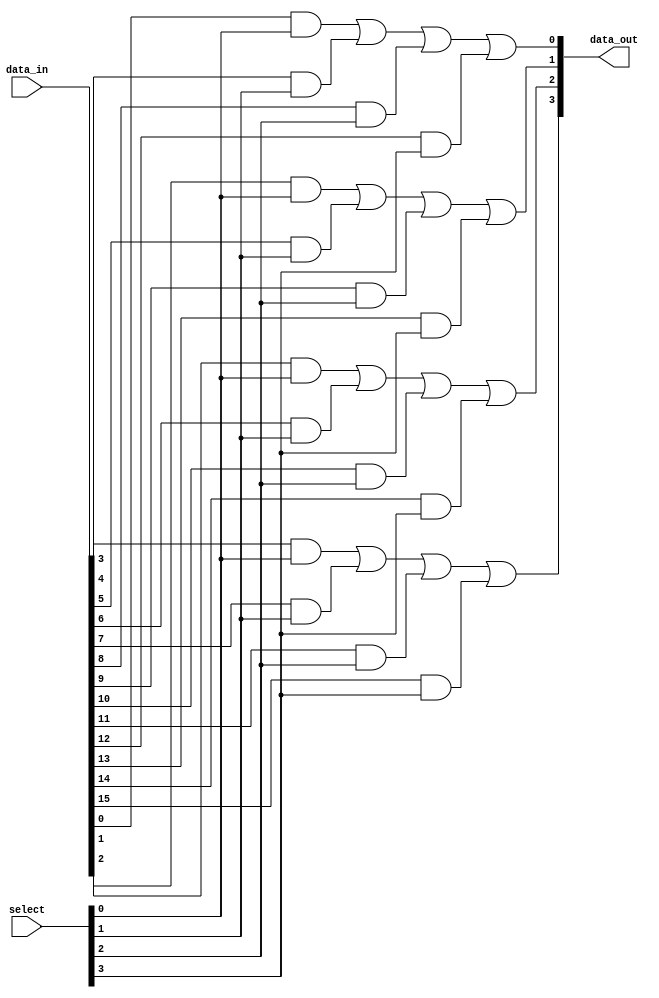
module one_hot_mux(
    input  [bus_count*bus_width-1:0] data_in,
    input  [bus_count-1:0] select,
    output [bus_width-1:0] data_out
    );

    parameter bus_count = 4;
    parameter bus_width = 4;
    
    reg [bus_width-1:0] data_out_r;

    assign data_out = data_out_r;
    integer i, j;
    always @(*) begin
            data_out_r = 'b0;
            for (i = 0; i < bus_count; i = i + 1)
                for (j = 0; j < bus_width; j = j + 1)
                    data_out_r[j] = data_out_r[j] | (data_in[bus_width*i + j] & select[i]);
    end
endmodule